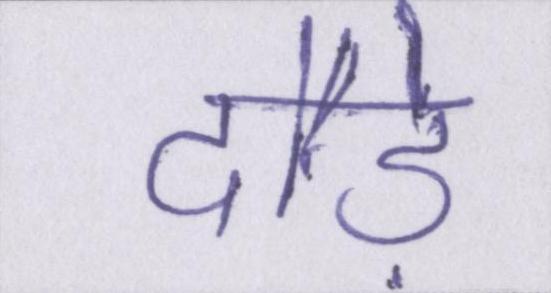
दौड़े